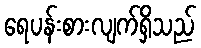
ရေပန်းစားလျက်ရှိသည်